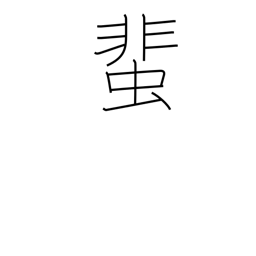
Meaning: cockroach